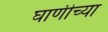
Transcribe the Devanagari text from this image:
घाणीच्या